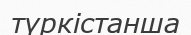
түркістанша